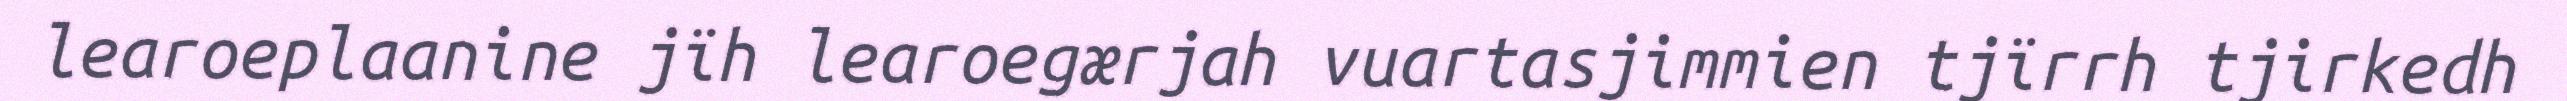
learoeplaanine jïh learoegærjah vuartasjimmien tjïrrh tjirkedh